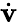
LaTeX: \dot{\mathbf{v}}